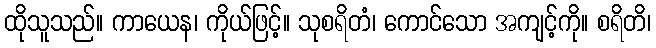
ထိုသူသည်။ ကာယေန၊ ကိုယ်ဖြင့်။ သုစရိတံ၊ ကောင်သော အကျင့်ကို။ စရိတိ၊